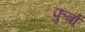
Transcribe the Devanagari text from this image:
फुर्बा